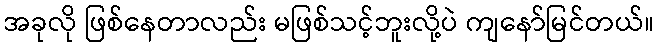
အခုလို ဖြစ်နေတာလည်း မဖြစ်သင့်ဘူးလို့ပဲ ကျနော်မြင်တယ်။